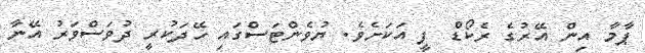
ޕާމާ އިން އޭރުގެ ރެކޯޑް ފީ އަކަށެވެ. ޔުވެންޓަސްގައި ހޭދަކުރީ ދުވަސްވަރު އޭނާ